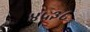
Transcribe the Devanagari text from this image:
४५३८